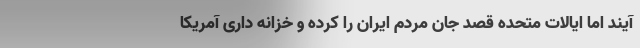
آیند اما ایالات متحده قصد جان مردم ایران را کرده و خزانه داری آمریکا